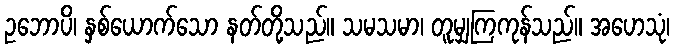
ဥဘောပိ၊ နှစ်ယောက်သော နတ်တို့သည်။ သမသမာ၊ တူမျှကြကုန်သည်။ အဟေသုံ၊